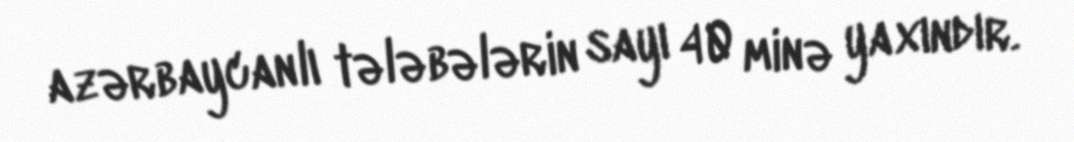
azərbaycanlı tələbələrin sayı 40 minə yaxındır.